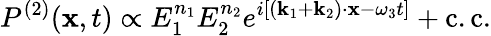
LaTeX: P^{(2)}(\mathbf{x},t)\propto E_{1}^{n_{1}}E_{2}^{n_{2}}e^{i[(\mathbf{k}_{1}+\mathbf{k}_{2})\cdot\mathbf{x}-\omega_{3}t]}+{\mathrm{c.c.}}